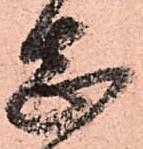
志